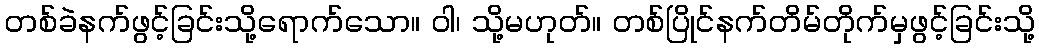
တစ်ခဲနက်ဖွင့်ခြင်းသို့ရောက်သော။ ဝါ၊ သို့မဟုတ်။ တစ်ပြိုင်နက်တိမ်တိုက်မှဖွင့်ခြင်းသို့